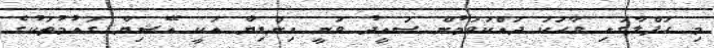
މި ހަފްލާގައި ވާހަކަ ދައްކަވަމުން ސައީދު ވަނީ އިންޑިޔާ އަކީ އޭޝިޔާ ގައުމުތަކުގެ